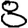
Digit: 8